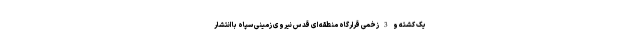
یک کشته و 3 زخمی قرارگاه منطقه ای قدس نیروی زمینی سپاه با انتشار